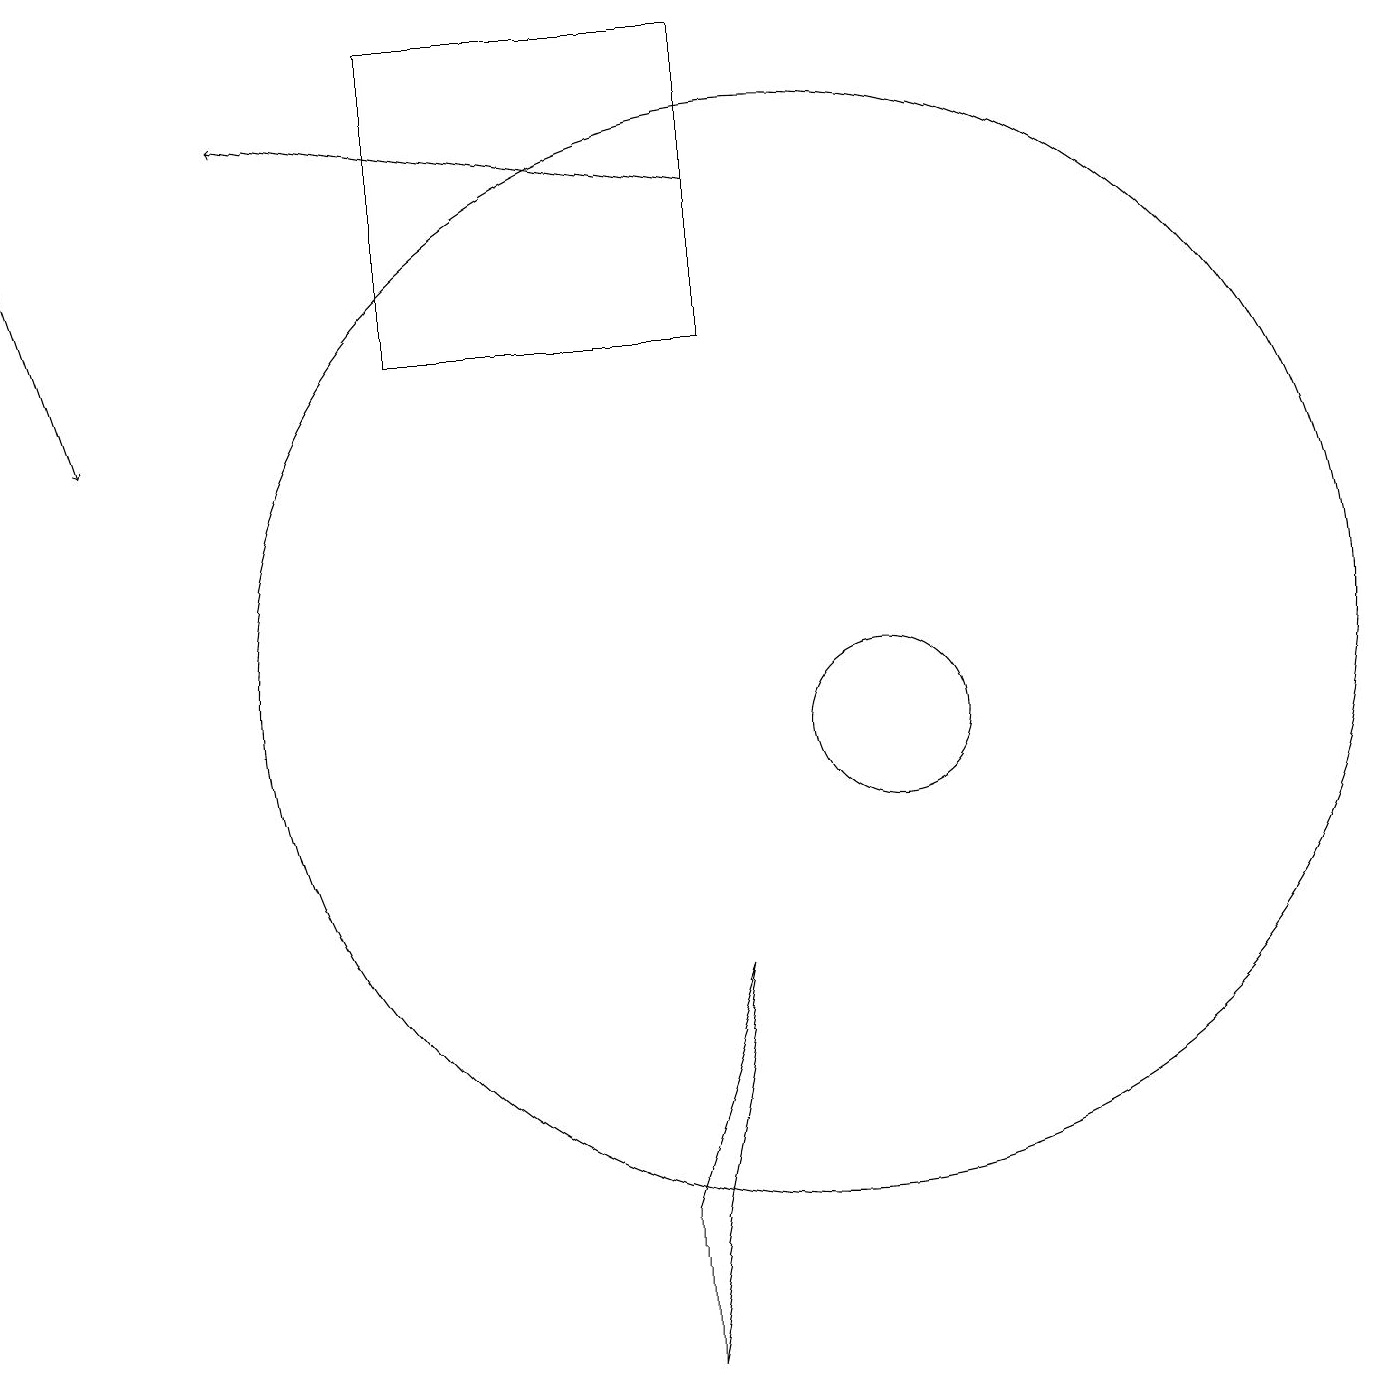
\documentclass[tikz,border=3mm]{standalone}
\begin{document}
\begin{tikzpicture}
\draw (8,2) -- (9,7) -- (8,4) -- cycle;
\draw[->] (9,17) -- (3,18);
\draw (5,19) rectangle (9,15);
\draw (11,10) circle (1);
\draw[->] (0,17) -- (1,14);
\draw (10,11) circle (7);
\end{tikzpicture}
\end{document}